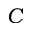
C